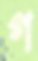
গ